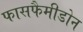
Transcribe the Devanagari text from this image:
फासफैमीडोन